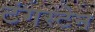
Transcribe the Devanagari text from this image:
टंगस्टेन